Vastemoisa_vallakohus, lk 10
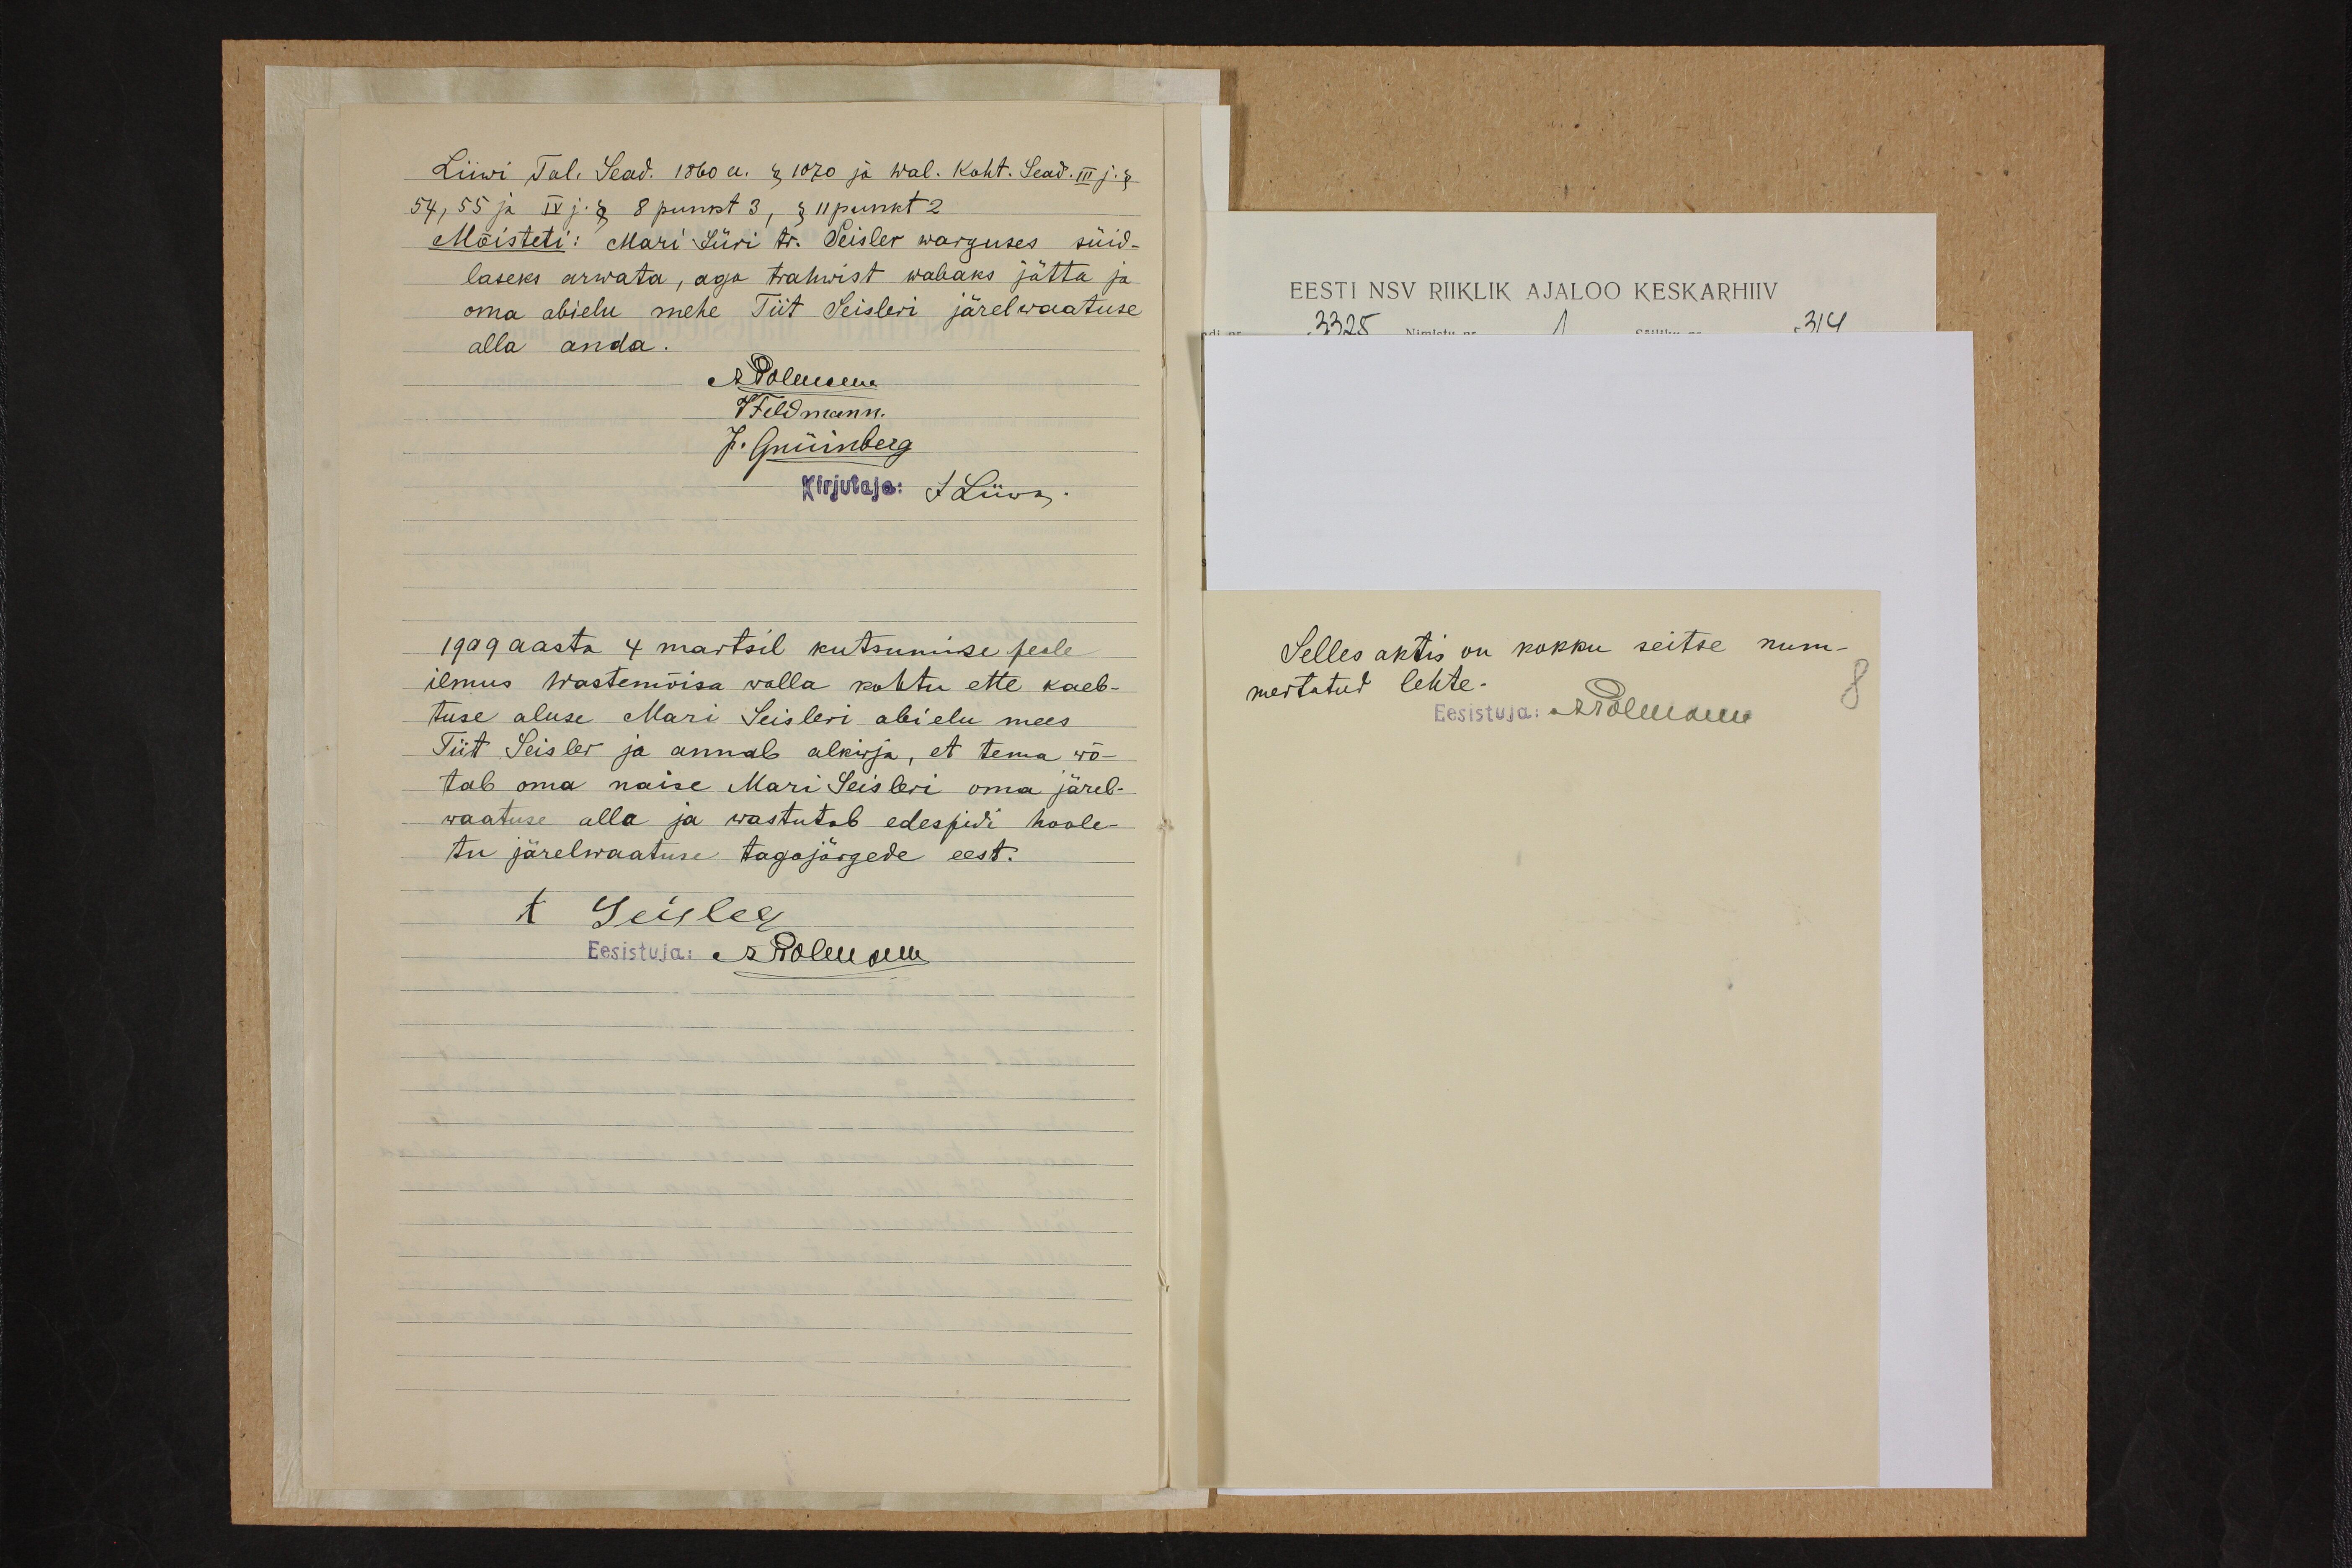
Liiwi Tal. Sead. 1860 a. § 1070 ja wal. Koht. Sead. III. j. §
54, 55 ja IV j. § 8 punkt 3, § 11 punkt 2
Mõisteti: Mari Jüri tr. Seisler warguses süid-
laseks arwata, aga trahwist wabaks jätta ja
oma abielu mehe Tiit Seisleri järelwaatuse
alla anda.
APolmann
JFeldmann.
J. Grüinberg
Kirjutaja: J Liiwa
1909 aasta 4 martsil kutsumise peale
ilmus Wastemõisa walla kohtu ette kaeb-
tuse aluse Mari Seisleri abielu mees.
Tiit Seisler ja annab alkirja, et tema wõ-
tab oma naise Mari Seisleri oma järel-
waatuse alla ja wastutab edespidi hoole-
tu järelwaatuse tagajärgede eest.
t Seisler
Eesistuja: A.Polmann

Selles aktis on kokku seitse num-
mertatud lehte.
Eesistuja: APolmann